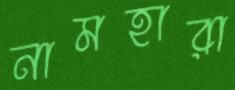
নামহারা